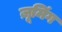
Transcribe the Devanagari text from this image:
ज़ूमिंग